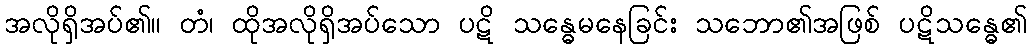
အလိုရှိအပ်၏။ တံ၊ ထိုအလိုရှိအပ်သော ပဋိ သန္ဓေမနေခြင်း သဘော၏အဖြစ် ပဋိသန္ဓေ၏